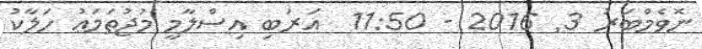
ނޮވެމްބަރު 3